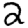
Digit: 2